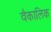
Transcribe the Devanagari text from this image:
वैकालिक